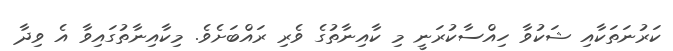
ކަރުނަތަކާއި ޝަކުވާ ހިއްސާކުރަނީ މި ކާއިނާތުގެ ވެރި ރައްބަށެވެ. މިކާއިނާތުގައިވާ އެ ވިދާ